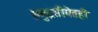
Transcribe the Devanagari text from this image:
समुद्रसीमेतही